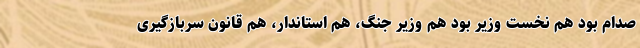
صدام بود هم نخست وزیر بود هم وزیر جنگ، هم استاندار، هم قانون سربازگیری